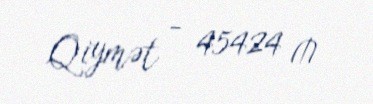
Qiymət - 45424 ₼